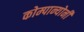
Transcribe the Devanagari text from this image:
कोम्पान्योनी